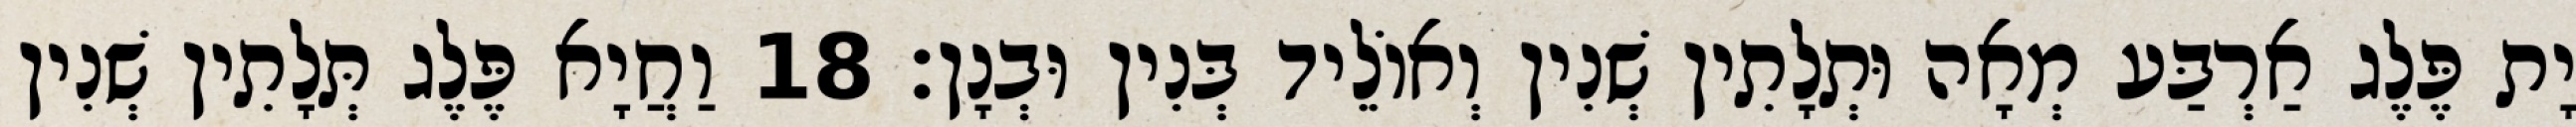
יָת פֶּלֶג אַרְבַּע מְאָה וּתְלָתִין שְׁנִין וְאוֹלֵיד בְּנִין וּבְנָן׃ 18 וַחֲיָא פֶּלֶג תְּלָתִין שְׁנִין